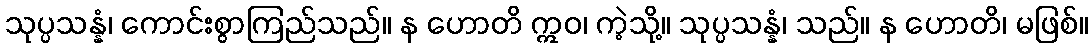
သုပ္ပသန္နံ၊ ကောင်းစွာကြည်သည်။ န ဟောတိ ဣဝ၊ ကဲ့သို့။ သုပ္ပသန္နံ၊ သည်။ န ဟောတိ၊ မဖြစ်။